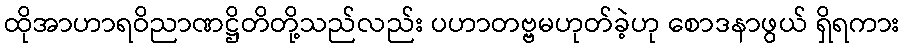
ထိုအာဟာရဝိညာဏဋ္ဌိတိတို့သည်လည်း ပဟာတဗ္ဗမဟုတ်ခဲ့ဟု စောဒနာဖွယ် ရှိရကား